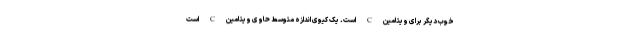
خوب دیگر برای ویتامین C است. یک کیوی اندازه متوسط حاوی ویتامین C است